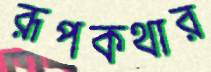
রূপকথার